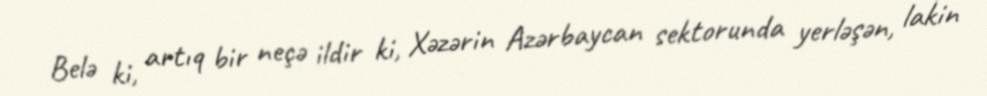
Belə ki, artıq bir neçə ildir ki, Xəzərin Azərbaycan sektorunda yerləşən, lakin